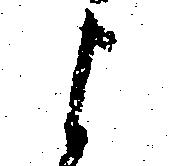
よ